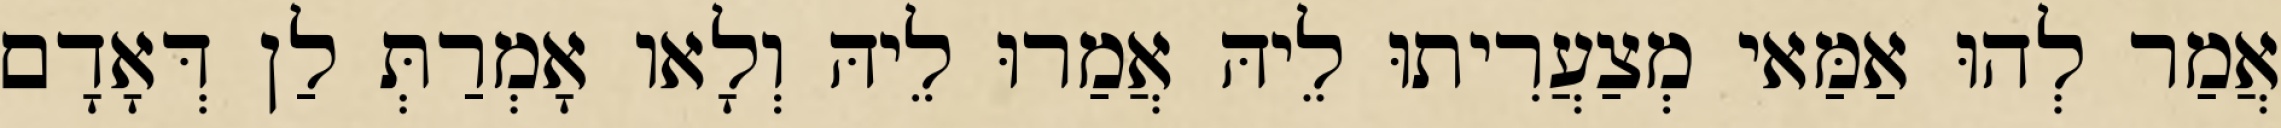
אֲמַר לְהוּ אַמַּאי מְצַעֲרִיתוּ לֵיהּ אֲמַרוּ לֵיהּ וְלָאו אָמְרַתְּ לַן דְּאָדָם